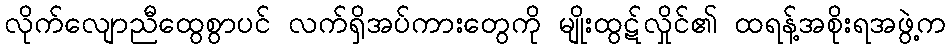
လိုက်လျောညီထွေစွာပင် လက်ရှိအပ်ကားတွေကို မျိုးထွဋ်လှိုင်၏ ထရန့်အစိုးရအဖွဲ့က